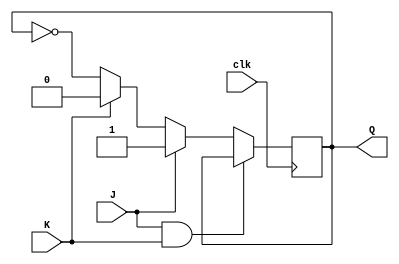
module jk_flipflop(
    input wire J, // input for set
    input wire K, // input for reset
    input wire clk, // clock input
    output reg Q // output of the flip-flop
);

always @(posedge clk) begin
    if (J & K) begin
        Q <= Q; // hold state
    end else if (J) begin
        Q <= 1'b1; // set to 1
    end else if (K) begin
        Q <= 1'b0; // set to 0
    end else begin
        Q <= ~Q; // toggle output
    end
end

endmodule